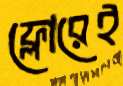
ফ্লোরেই